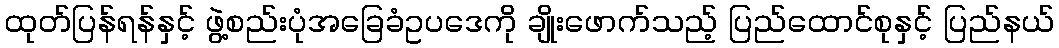
ထုတ်ပြန်ရန်နှင့် ဖွဲ့စည်းပုံအခြေခံဥပဒေကို ချိုးဖောက်သည့် ပြည်ထောင်စုနှင့် ပြည်နယ်